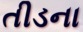
તીડના